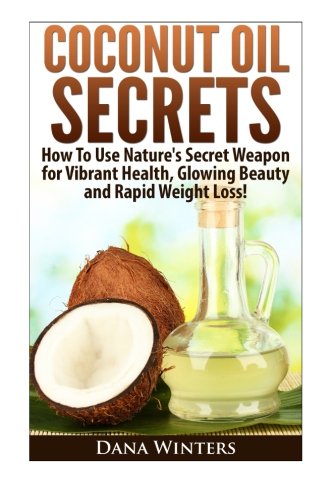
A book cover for Coconut Oil Secrets : How To Use Nature's Secret Weapon for Vibrant Health, Glowing Beauty and Rapid Weight Loss!; Dana Winters; Health, Fitness & Dieting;